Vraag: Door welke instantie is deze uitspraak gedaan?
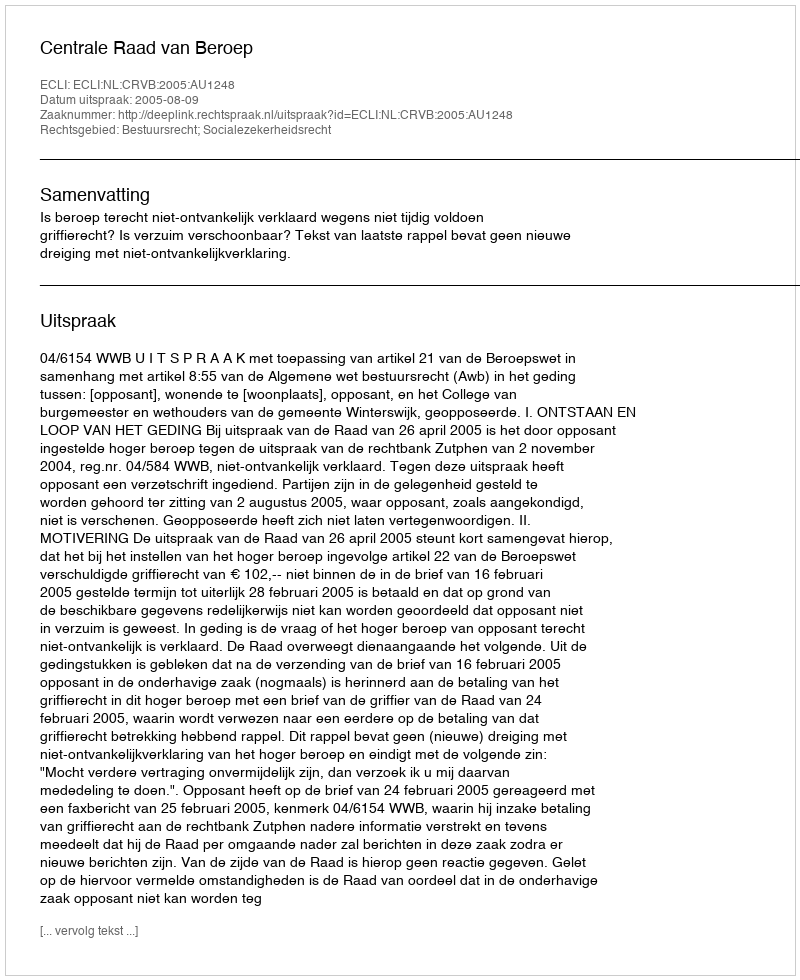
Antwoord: Centrale Raad van Beroep